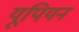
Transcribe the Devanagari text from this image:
यूपियन